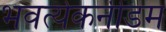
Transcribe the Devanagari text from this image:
भवत्येकनीडम